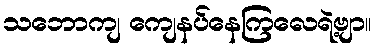
သဘောကျ ကျေနပ်နေကြလေရဲ့ဗျာ။